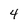
Character: 4